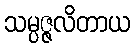
သမ္ပဇ္ဇလိတာယ